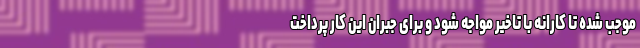
موجب شده تا کارانه با تاخیر مواجه شود و برای جبران این کار پرداخت